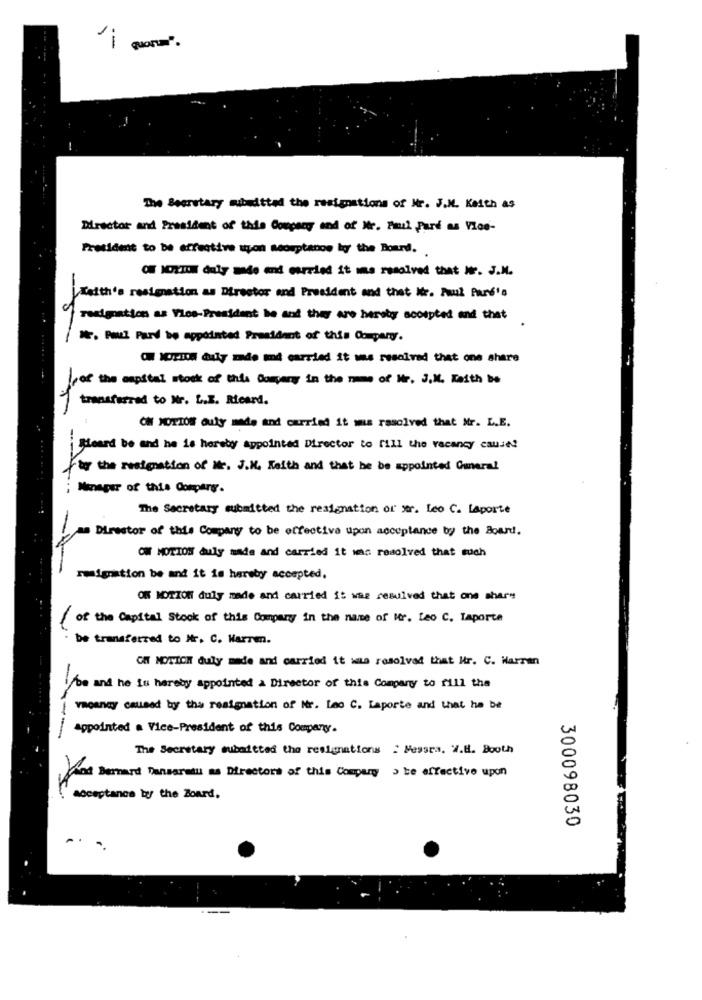
'i quota".
The Beerstary mubudtted the resignations of Mr. J.M. Keith as
Director and President of this Company and of Mr. Fail Pard as Vice-
President to be effective upon asouptanos kyy the Board ..
O NOXIOM duly made and carried it is resolved that We. J.M.
Keith's resignation as Director and President and that it. Paul Pare's
resignation as Vice-President he and they are hereby scospted and thet
N. Paul Pard be appointed President of this Company.
O MOTION duly made and carried it was resolved that one share
of the capital stock of this Company in the name of Mr. J.M. Keith be
transferred to Nr. L.E. Ricard.
ON MOTION ouly made and carried it was rasoived that Mr. L.E.
i Heard be and he is herebyy appointed Director to fill the vacancy caused
-----
tyr the resignation of Mr. J.M. Keith and that he be appointed General
Manager of this Company.
The Secretary submitted the resignation or wor. Leo C. Laporte
Director of this Company to be effective upon acceptance by the Board.
OW MOTION duly made and carried it was resolved that such
resignation be and it is hereby accepted.
OF MOTION duly made and carried it was resulved that one share
of the Capital Stook of this Company in the name of Mr. teo C. Laporte
be transferred to Mr. C. Harrem.
CH MOTICH duly made and carried it was resolved that Hr. C. Harran
be and he is hereby appointed & Director of this Company to fill the
vacancy caused by the resignation of Nr. Leo C. Laporte and that he be
appointed a Vice-President of this Company.
The Secretary subaitted the resignations : Messea. W.B. Booth
And Bernard Dansaretu as Directors of this Company > be effective upon
acceptance by the Board,
300098030